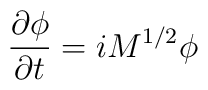
\frac{\partial \phi}{\partial t}=i M^{1/2} \phi